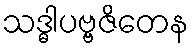
သဒ္ဓါပဗ္ဗဇိတေန